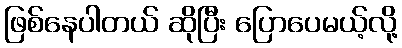
ဖြစ်နေပါတယ် ဆိုပြီး ပြောပေမယ့်လို့